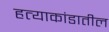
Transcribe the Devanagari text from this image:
हत्याकांडातील